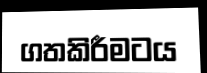
ගතකිරීමටය